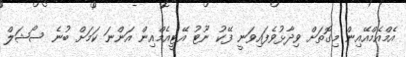
އެމްއެމްއޭއިން މިގޮތަށް ވިދާޅުވެފައިވަނީ ފޭކު ނޫޓު އޭޓީއެމްއިން އަންނަ ކަމަށް ބުނެ ސޯޝަލް